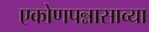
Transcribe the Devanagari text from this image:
एकोणपन्नासाव्या